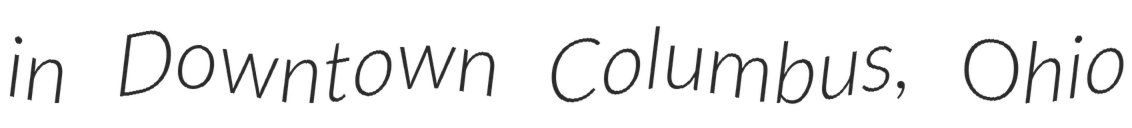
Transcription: in Downtown Columbus, Ohio